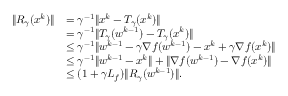
\begin{array} { r l } { \| R _ { \gamma } ( x ^ { k } ) \| } & { = \gamma ^ { - 1 } \| x ^ { k } - T _ { \gamma } ( x ^ { k } ) \| } \\ & { = \gamma ^ { - 1 } \| T _ { \gamma } ( w ^ { k - 1 } ) - T _ { \gamma } ( x ^ { k } ) \| } \\ & { \le \gamma ^ { - 1 } \| w ^ { k - 1 } - \gamma \nabla f ( w ^ { k - 1 } ) - x ^ { k } + \gamma \nabla f ( x ^ { k } ) \| } \\ & { \le \gamma ^ { - 1 } \| w ^ { k - 1 } - x ^ { k } \| + \| \nabla f ( w ^ { k - 1 } ) - \nabla f ( x ^ { k } ) \| } \\ & { \le ( 1 + \gamma L _ { f } ) \| R _ { \gamma } ( w ^ { k - 1 } ) \| . } \end{array}